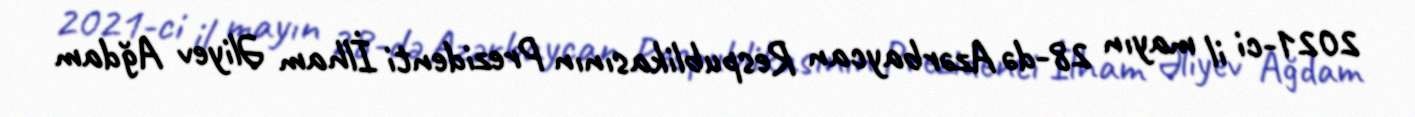
2021-ci il mayın 28-də Azərbaycan Respublikasının Prezidenti İlham Əliyev Ağdam